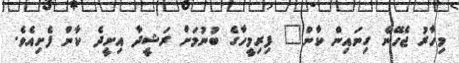
މިހާރު ޖެހޭނެ ގިނައިން ކާން" ފިރިމީހާގެ ބުނުމަށް ރަޝީދާ އިށީދެ ކާން ފެށިއެވެ.